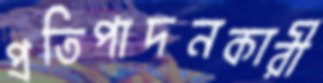
প্রতিপাদনকারী